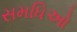
સમધિઓ